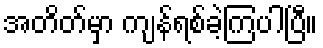
အတိတ်မှာ ကျန်ရစ်ခဲ့ကြပါပြီ။